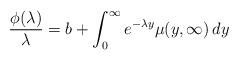
LaTeX: \begin{align*} \frac{\phi(\lambda)}{\lambda}=b+\int_0^\infty e^{-\lambda y}\mu(y,\infty)\,dy\end{align*}